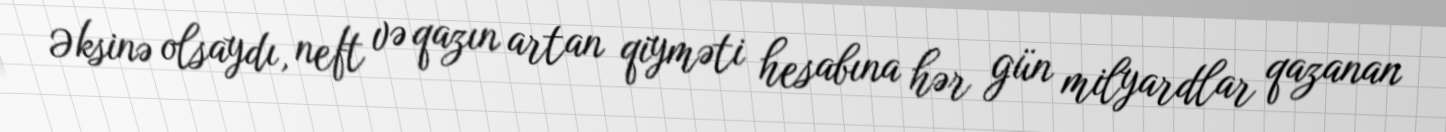
Əksinə olsaydı, neft və qazın artan qiyməti hesabına hər gün milyardlar qazanan